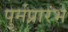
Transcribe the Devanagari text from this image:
पुर्नप्रारंभ